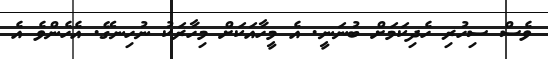
ވެސް ސިހުރި ހެދިކަމަށް ބުނަނީ. އެ މީހާއަކަށް މިހާރަކު ނުހިނގޭ. އެހެންވެ އެ